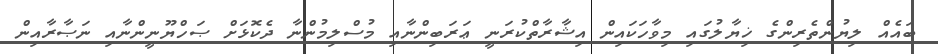
ބައެއް ލިޔުންތެރިންގެ ޚިޔާލުގައި މިވާހަކައިން އިޝާރާތްކުރަނީ ޢަރަބިންނާއި މުސްލިމުންނާ ދެކޮޅަށް ޞަހްޔޫނީންނާއި ނަޞާރާއިން